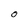
Character: O